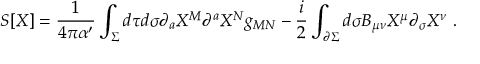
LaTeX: S [ X ] = \frac { 1 } { 4 \pi \alpha ^ { \prime } } \int _ { \Sigma } d \tau d \sigma \partial _ { a } X ^ { M } \partial ^ { a } X ^ { N } g _ { M N } - \frac { i } { 2 } \int _ { \partial \Sigma } d \sigma B _ { \mu \nu } X ^ { \mu } \partial _ { \sigma } X ^ { \nu } ~ .